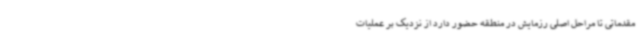
مقدماتی تا مراحل اصلی رزمایش در منطقه حضور دارد از نزدیک بر عملیات